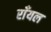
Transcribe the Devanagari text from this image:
राँयल